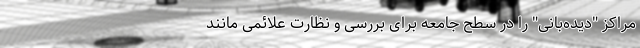
مراکز "دیده‌بانی" را در سطح جامعه برای بررسی و نظارت علائمی مانند